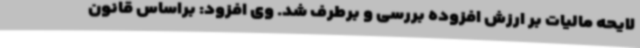
لایحه مالیات بر ارزش افزوده بررسی و برطرف شد. وی افزود: براساس قانون